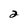
Character: 2